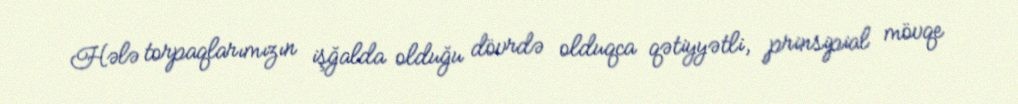
Hələ torpaqlarımızın işğalda olduğu dövrdə olduqca qətiyyətli, prinsipial mövqe